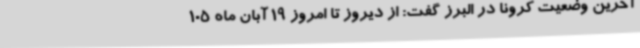
آخرین وضعیت کرونا در البرز گفت: از دیروز تا امروز 19 آبان ماه 105